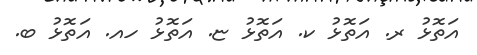
އަތޮޅު ރ. އަތޮޅު ކ. އަތޮޅު ޏ. އަތޮޅު ހއ. އަތޮޅު ބ.